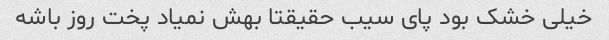
خیلی خشک بود پای سیب حقیقتا بهش نمیاد پخت روز باشه